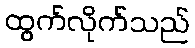
ထွက်လိုက်သည်